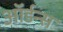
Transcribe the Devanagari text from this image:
ऑर्डन्स